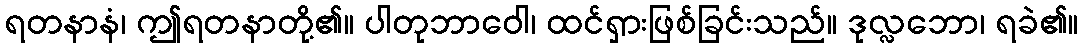
ရတနာနံ၊ ဤရတနာတို့၏။ ပါတုဘာဝေါ၊ ထင်ရှားဖြစ်ခြင်းသည်။ ဒုလ္လဘော၊ ရခဲ၏။